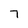
Character: 7